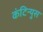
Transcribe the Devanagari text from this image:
कंटिन्युस